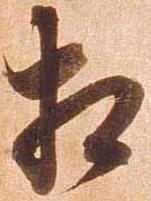
相